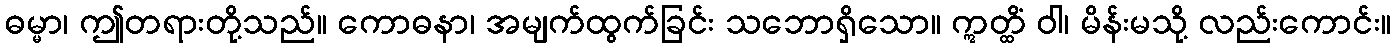
ဓမ္မာ၊ ဤတရားတို့သည်။ ကောဓနာ၊ အမျက်ထွက်ခြင်း သဘောရှိသော။ ဣတ္ထိံ ဝါ၊ မိန်းမသို့ လည်းကောင်း။